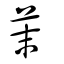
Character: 茉